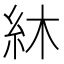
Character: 䊾